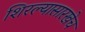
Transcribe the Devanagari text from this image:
शिरल्यासारखेच